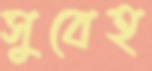
সুবেহ